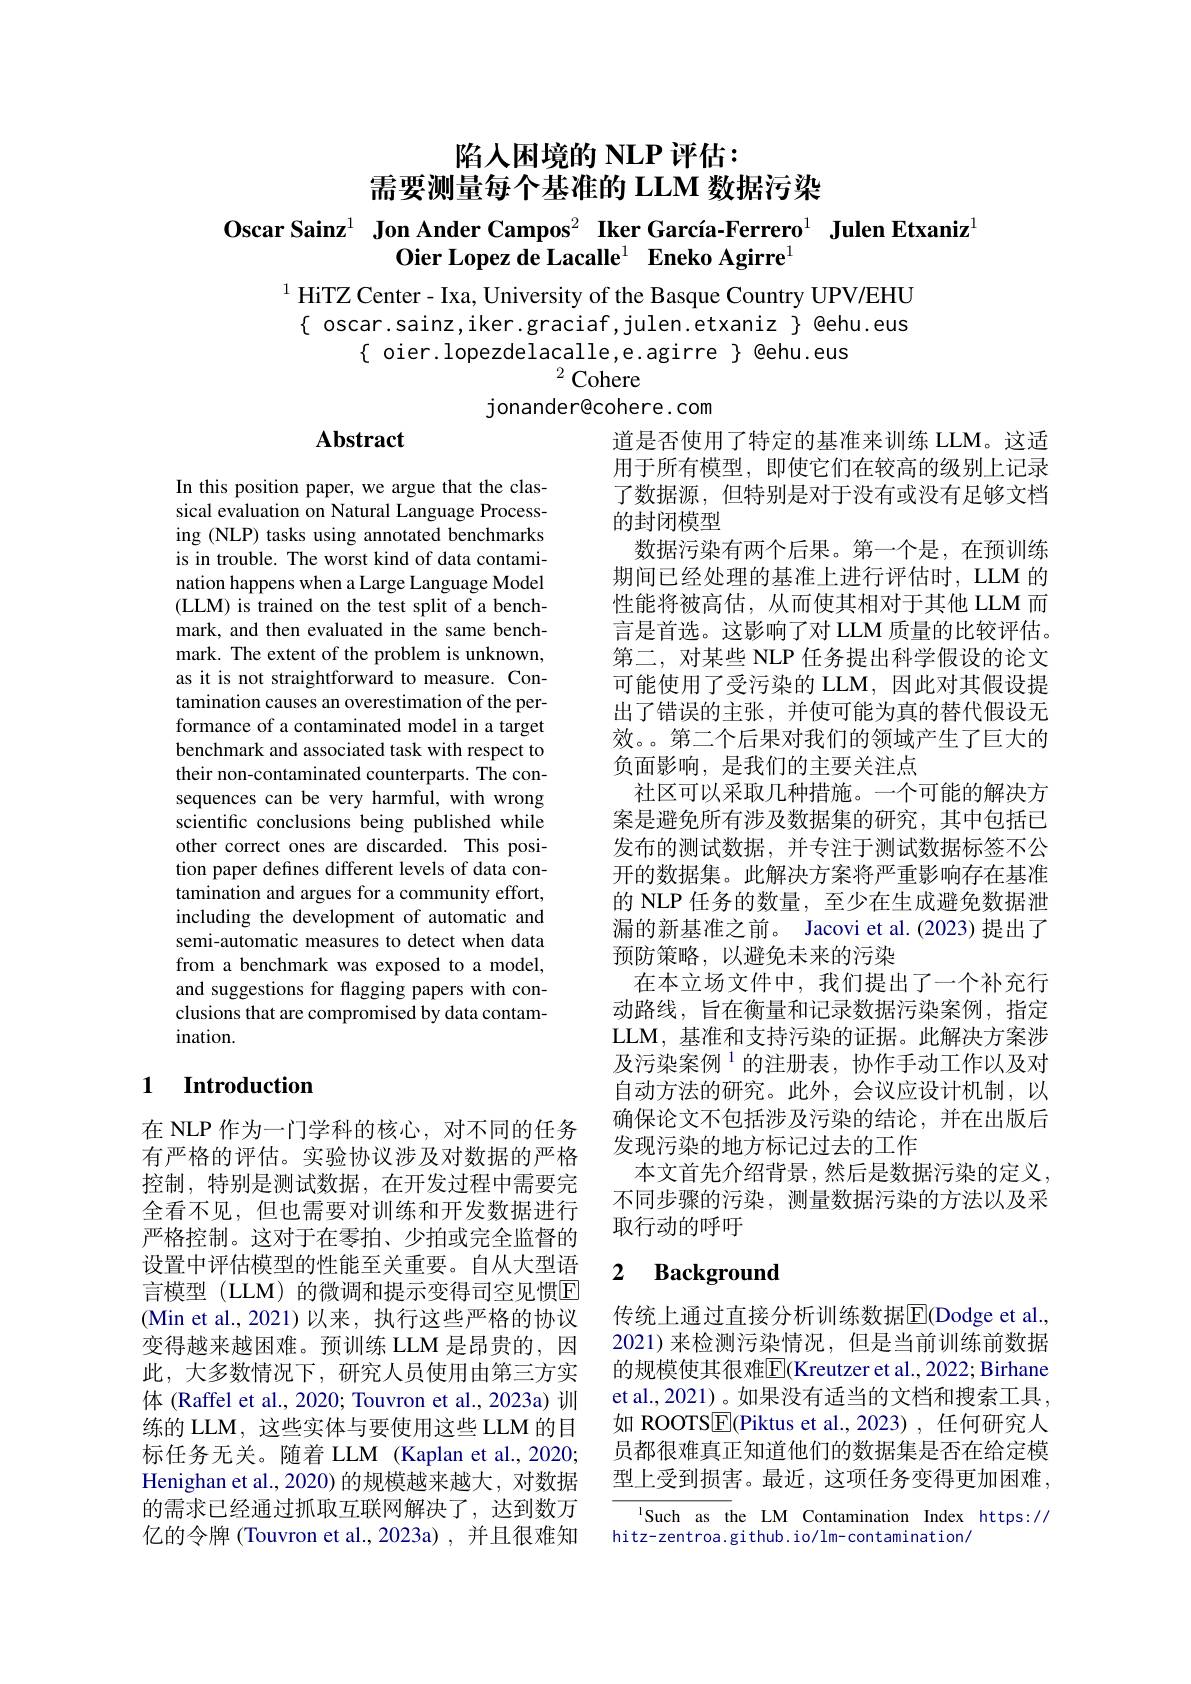
陷人困境的 NLP 评估：
需要测量每个基准的 LLM 数据污染

$\textbf{Oscar Sainz}^{1}\textbf{ Jon Ander Campos}^{2}\textbf{ Iker García-Ferrero}^{1}\textbf{ Julen Etxaniz}^{1}$
$\textbf{Oier Lopez de Lacalle}^{1}$ $\textbf{Eneko Agirre}$

$^{1}$ HiTZ Center - Ixa, University of the Basque Country UPV/EHU
$\{$ oscar.sainz, iker.graciaf, julen.etxaniz $\}$ @ehu.eus
$\{$ oier.lopezdelacalle,e.agirre $\}$ @ehu.eus
$^{2}$Cohere
jonander@cohere.com

# Abstract

In this position paper, we argue that the classical evaluation on Natural Language Processing (NLP) tasks using annotated benchmarks is in trouble. The worst kind of data contamination happens when a Large Language Model (LLM) is trained on the test split of a benchmark, and then evaluated in the same benchmark. The extent of the problem is unknown, as it is not straightforward to measure. Contamination causes an overestimation of the performance of a contaminated model in a target benchmark and associated task with respect to their non-contaminated counterparts. The consequences can be very harmful, with wrong scientific conclusions being published while other correct ones are discarded. This position paper defines different levels of data contamination and argues for a community effort, including the development of automatic and semi-automatic measures to detect when data from a benchmark was exposed to a model, and suggestions for flagging papers with conclusions that are compromised by data contam- $ination.$

道是否使用了特定的基准来训练 LLM。这适用于所有模型，即使它们在较高的级别上记录了数据源，但特别是对于没有或没有足够文档的封闭模型
数据污染有两个后果。第一个是，在预训练期间已经处理的基准上进行评估时，LLM 的性能将被高估，从而使其相对于其他 LLM 而言是首选。这影响了对 LLM 质量的比较评估。第二，对某些 NLP 任务提出科学假设的论文可能使用了受污染的 LLM,因此对其假设提出了错误的主张，并使可能为真的替代假设无效。。第二个后果对我们的领域产生了巨大的负面影响，是我们的主要关注点
社区可以采取几种措施。一个可能的解决方案是避免所有涉及数据集的研究，其中包括已发布的测试数据，并专注于测试数据标签不公开的数据集。此解决方案将严重影响存在基准的 NLP 任务的数量，至少在生成避免数据泄漏的新基准之前。Jacovi et al.(2023) 提出了预防策略，以避免未来的污染
在本立场文件中，我们提出了一个补充行动路线，旨在衡量和记录数据污染案例，指定LLM, 基准和支持污染的证据。此解决方案涉及污染案例$^{1}$的注册表，协作手动工作以及对自动方法的研究。此外，会议应设计机制，以确保论文不包括涉及污染的结论，并在出版后发现污染的地方标记过去的工作
本文首先介绍背景，然后是数据污染的定义， 不同步骤的污染，测量数据污染的方法以及采取行动的呼吁

### 1 $\textbf{Introduction}$

### 2 $\textbf{Background}$

在 NLP 作为一门学科的核心，对不同的任务有严格的评估。实验协议涉及对数据的严格控制，特别是测试数据，在开发过程中需要完全看不见，但也需要对训练和开发数据进行严格控制。这对于在零拍、少拍或完全监督的设置中评估模型的性能至关重要。自从大型语言模型 (LLM) 的微调和提示变得司空见惯E (Min et al., 2021)以来，执行这些严格的协议变得越来越困难。预训练 LLM 是昂贵的，因此，大多数情况下，研究人员使用由第三方实体 (Raffel et al., 2020; Touvron et al., 2023a) 训练的 LLM, 这些实体与要使用这些 LLM 的目标任务无关。随着 LLM (Kaplan et al., 2020; Henighan et al.,2020) 的规模越来越大，对数据的需求已经通过抓取互联网解决了，达到数万亿的令牌 (Touvron et al.,2023a) ,并且很难知

传统上通过直接分析训练数据$\overline{\mathrm{E}}$(Dodge et al., 2021)来检测污染情况，但是当前训练前数据的规模使其很难$\overline{\mathbb{E}}($Kreutzer et al., 2022; Birhane et al., 2021) 。如果没有适当的文档和搜索工具如 ROOTS$\boxed{\mathrm{E}}($Piktus et al.,2023),任何研究人员都很难真正知道他们的数据集是否在给定模型上受到损害。最近，这项任务变得更加困难，

Such as the LM Contamination Index https://
hitz-zentroa.github.io/lm-contamination,